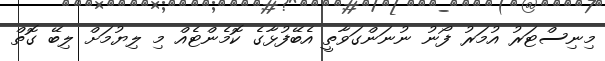
މިނިސްޓަރު އުމަރު ފޯނު ނުނަންގަވާތީ އެބޭފުޅާގެ ކޮމެންޓެއް މި ލިޔުމަށް ލިބޭ ގޮތް